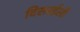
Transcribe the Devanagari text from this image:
दिसरईली